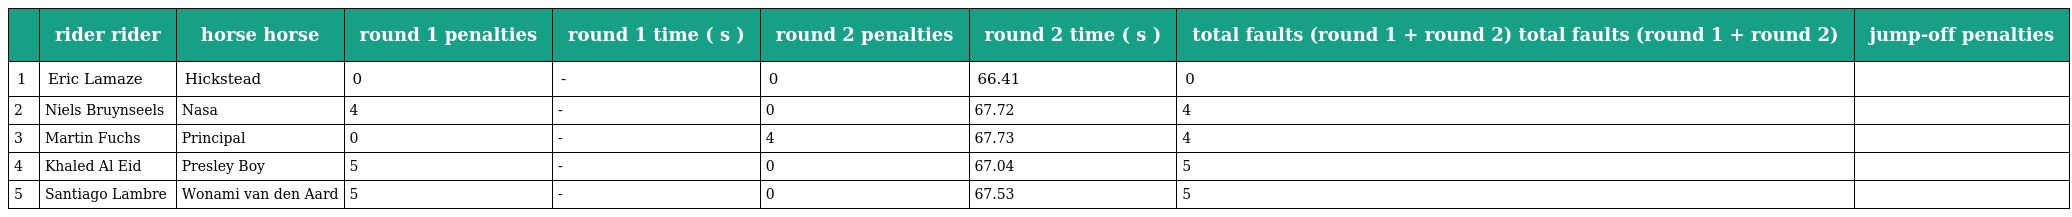
|  | rider rider | horse horse | round 1 penalties | round 1 time ( s ) | round 2 penalties | round 2 time ( s ) | total faults (round 1 + round 2) total faults (round 1 + round 2) | jump-off penalties |
 | --- | --- | --- | --- | --- | --- | --- | --- | --- |
 | 1 | Eric Lamaze | Hickstead | 0 | - | 0 | 66.41 | 0 |  |
 | 2 | Niels Bruynseels | Nasa | 4 | - | 0 | 67.72 | 4 |  |
 | 3 | Martin Fuchs | Principal | 0 | - | 4 | 67.73 | 4 |  |
 | 4 | Khaled Al Eid | Presley Boy | 5 | - | 0 | 67.04 | 5 |  |
 | 5 | Santiago Lambre | Wonami van den Aard | 5 | - | 0 | 67.53 | 5 |  |